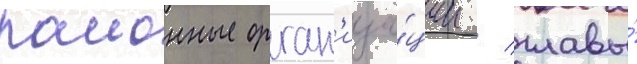
раионные орган'иза́ции / главы́